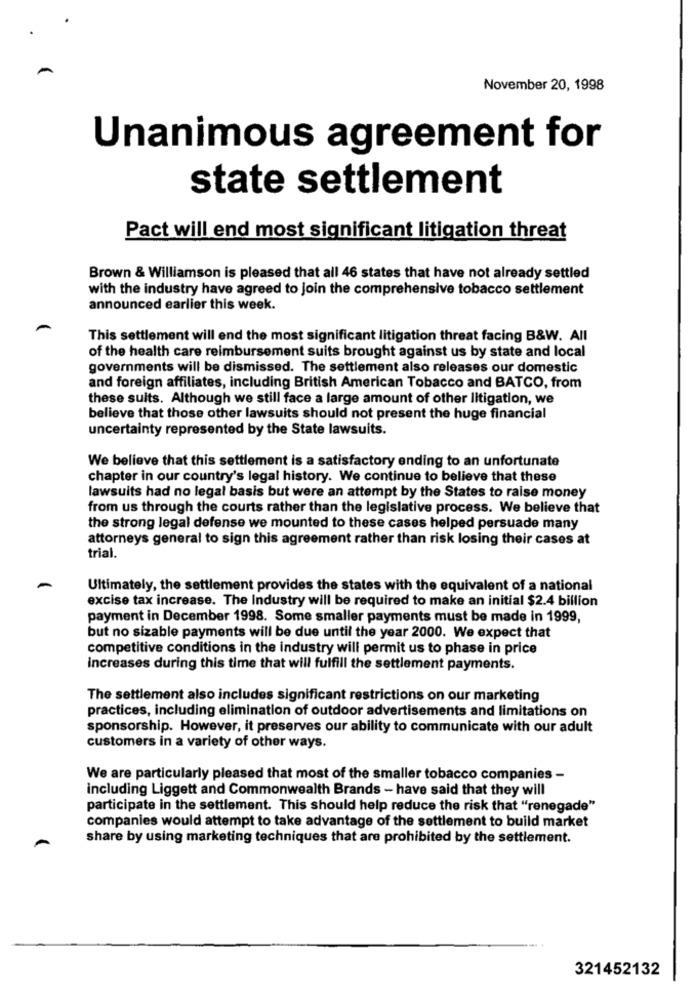
November 20, 1998
Unanimous agreement for
state settlement
Pact will end most significant litigation threat
Brown & Williamson is pleased that all 46 states that have not already settled
with the industry have agreed to join the comprehensive tobacco settlement
announced earlier this week.
This settlement will end the most significant litigation threat facing B&W. All
of the health care reimbursement suits brought against us by state and local
governments will be dismissed. The settlement also releases our domestic
and foreign affiliates, including British American Tobacco and BATCO, from
these suits. Although we still face a large amount of other litigation, we
believe that those other lawsuits should not present the huge financial
uncertainty represented by the State lawsuits.
We believe that this settlement is a satisfactory ending to an unfortunate
chapter in our country's legal history. We continue to believe that these
lawsuits had no legal basis but were an attempt by the States to raise money
from us through the courts rather than the legislative process. We believe that
the strong legal defense we mounted to these cases helped persuade many
attorneys general to sign this agreement rather than risk losing their cases at
trial.
Ultimately, the settlement provides the states with the equivalent of a national
excise tax increase. The Industry will be required to make an initial $2.4 billion
payment in December 1998. Some smaller payments must be made in 1999,
but no sizable payments will be due until the year 2000. We expect that
competitive conditions in the industry will permit us to phase in price
increases during this time that will fulfill the settlement payments.
The settlement also includes significant restrictions on our marketing
practices, including elimination of outdoor advertisements and limitations on
sponsorship. However, it preserves our ability to communicate with our adult
customers in a variety of other ways.
We are particularly pleased that most of the smaller tobacco companies -
including Liggett and Commonwealth Brands - have said that they will
participate in the settlement. This should help reduce the risk that "renegade"
companies would attempt to take advantage of the settlement to build market
share by using marketing techniques that are prohibited by the settlement.
321452132